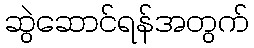
ဆွဲဆောင်ရန်အတွက်